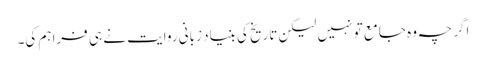
اگر چہ وہ جامع تو نہیں لیکن تاریخ کی بنیاد زبانی روایت نے ہی فراہم کی۔